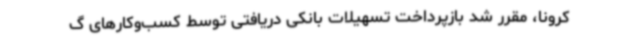
کرونا، مقرر شد بازپرداخت تسهیلات بانکی دریافتی توسط کسب‌وکارهای گ